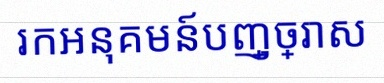
រកអនុគមន៍បញ្ច្រាស